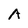
Character: A